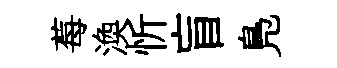
莓渙忻盲鳬